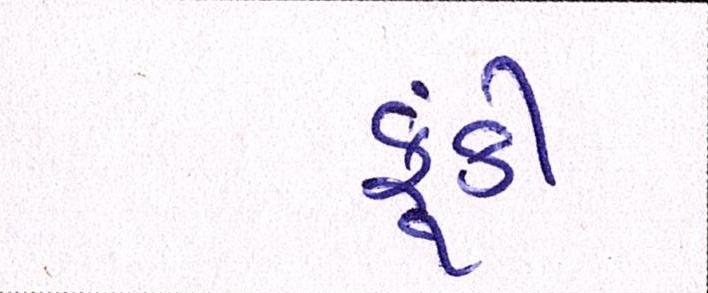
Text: ફૂંકી